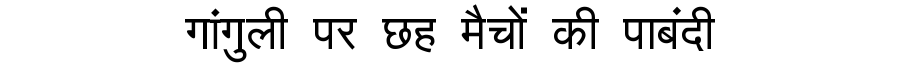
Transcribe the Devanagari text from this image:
गांगुली पर छह मैचों की पाबंदी